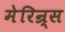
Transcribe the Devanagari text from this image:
मेरिन्र्स